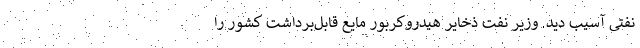
نفتی آسیب دید. وزیر نفت ذخایر هیدروکربور مایع قابل‌برداشت کشور را